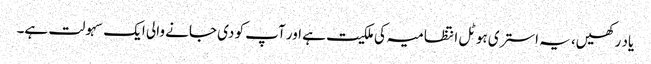
یاد رکھیں، یہ استری ہوٹل انتظامیہ کی ملکیت ہے اور آپ کو دی جانے والی ایک سہولت ہے۔